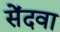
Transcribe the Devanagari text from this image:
सेंदवा